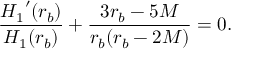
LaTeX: \frac { { H _ { 1 } } ^ { \prime } ( r _ { b } ) } { H _ { 1 } ( r _ { b } ) } + \frac { 3 r _ { b } - 5 M } { r _ { b } ( r _ { b } - 2 M ) } = 0 .